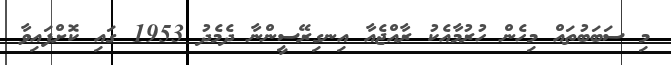
މި ސަބަބުތައް މިހެން ހުރުމާއެކު ރާއްޖެއާ އިނގިރޭސީންނާ ދެމެދު 1953 ގައި ކޮށްފައިވާ